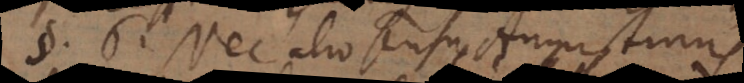
§ 6. Nec alio sensu Augustinus